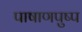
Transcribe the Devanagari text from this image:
पाषाणपुष्प